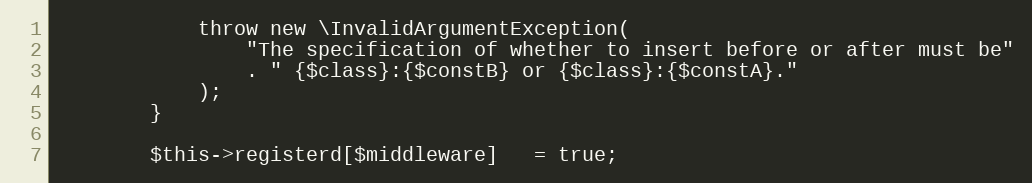
Language: PHP
            throw new \InvalidArgumentException(
                "The specification of whether to insert before or after must be"
                . " {$class}:{$constB} or {$class}:{$constA}."
            );
        }

        $this->registerd[$middleware]   = true;